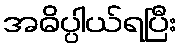
အဓိပ္ပါယ်ရပြီး